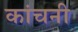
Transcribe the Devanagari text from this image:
कांचनी